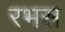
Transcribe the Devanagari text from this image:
रभस